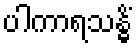
ပါကာရသန္ဓိံ